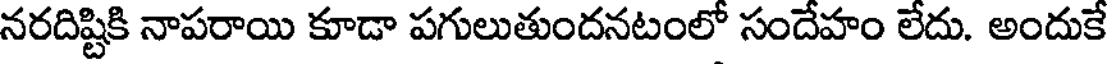
నరదిష్టికి నాపరాయి కూడా పగులుతుందనటంలో సందేహం లేదు. అందుకే